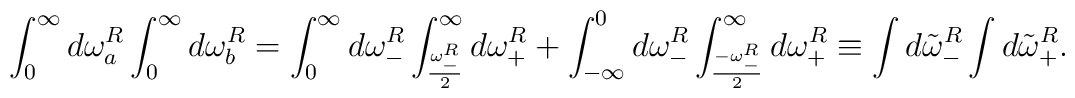
\int_0^{\infty} d\omega_a^R \int_0^{\infty} d \omega_b^R =\int_0^{\infty} d\omega_-^R \int_{\frac{\omega_-^R}{2}}^{\infty} d \omega_+^R+\int_{-\infty}^0 d\omega_-^R \int_{\frac{-\omega_-^R}{2}}^{\infty} d\omega_+^R\equiv \int d{\tilde \omega}_-^R \int d {\tilde \omega}_+^R.